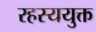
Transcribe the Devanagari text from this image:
रहस्ययुक्त